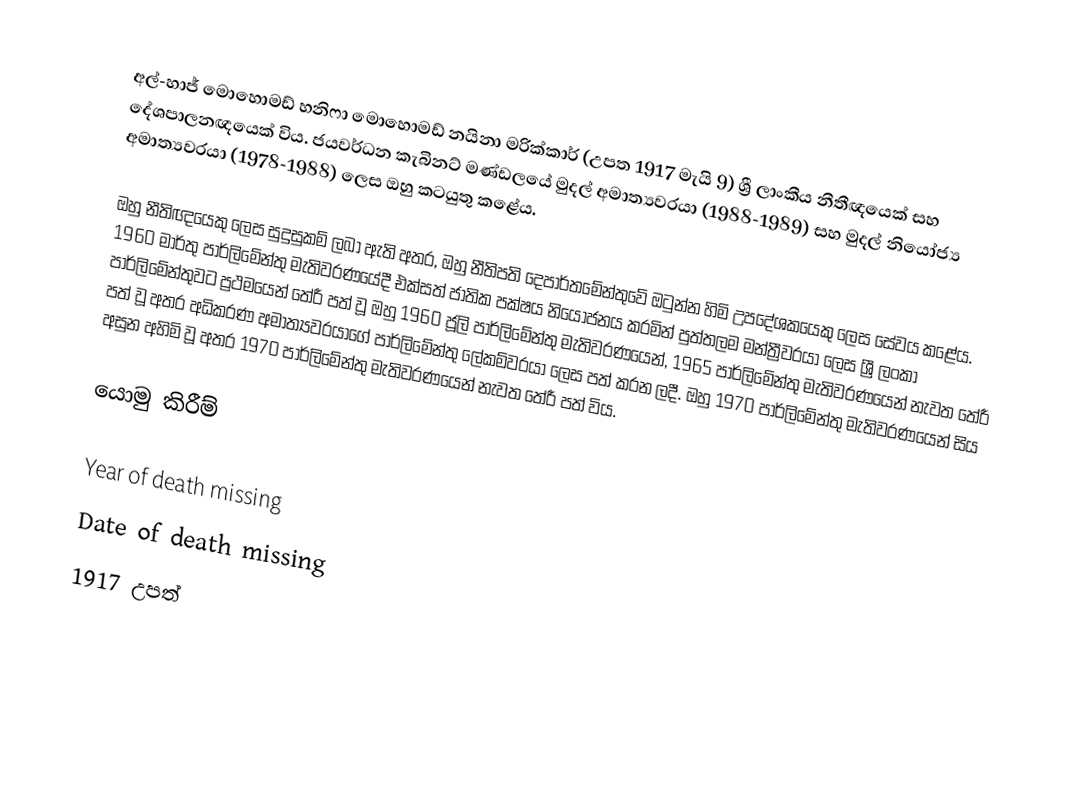
අල්-හාජ් මොහොමඩ් හනිෆා මොහොමඩ් නයිනා මරික්කාර් (උපත 1917 මැයි 9) ශ්‍රී ලාංකීය නීතීඥයෙක් සහ දේශපාලනඥයෙක් විය. ජයවර්ධන කැබිනට් මණ්ඩලයේ මුදල් අමාත්‍යවරයා (1988-1989) සහ මුදල් නියෝජ්‍ය අමාත්‍යවරයා (1978-1988) ලෙස ඔහු කටයුතු කළේය.

ඔහු නීතිඥයෙකු ලෙස සුදුසුකම් ලබා ඇති අතර, ඔහු නීතිපති දෙපාර්තමේන්තුවේ ඔටුන්න හිමි උපදේශකයෙකු ලෙස සේවය කළේය. 1960 මාර්තු පාර්ලිමේන්තු මැතිවරණයේදී එක්සත් ජාතික පක්ෂය නියෝජනය කරමින් පුත්තලම මන්ත්‍රීවරයා ලෙස ශ්‍රී ලංකා පාර්ලිමේන්තුවට ප්‍රථමයෙන් තේරී පත් වූ ඔහු 1960 ජූලි පාර්ලිමේන්තු මැතිවරණයෙන්, 1965 පාර්ලිමේන්තු මැතිවරණයෙන් නැවත තේරී පත් වූ අතර අධිකරණ අමාත්‍යවරයාගේ පාර්ලිමේන්තු ලේකම්වරයා ලෙස පත් කරන ලදී. ඔහු 1970 පාර්ලිමේන්තු මැතිවරණයෙන් සිය අසුන අහිමි වූ අතර 1970 පාර්ලිමේන්තු මැතිවරණයෙන් නැවත තේරී පත් විය.

යොමු කිරීම්

Year of death missing
Date of death missing
1917 උපත්